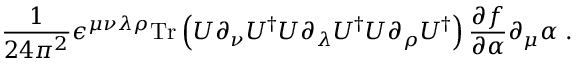
\frac { 1 } { 2 4 \pi ^ { 2 } } \epsilon ^ { \mu \nu \lambda \rho } \mathrm { T r } \left( U \partial _ { \nu } U ^ { \dagger } U \partial _ { \lambda } U ^ { \dagger } U \partial _ { \rho } U ^ { \dagger } \right) \frac { \partial f } { \partial \alpha } \partial _ { \mu } \alpha \; .